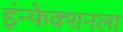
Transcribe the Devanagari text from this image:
इंन्फेक्शनला